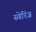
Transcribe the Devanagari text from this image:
स्वेरिंज